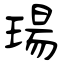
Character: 瑒